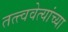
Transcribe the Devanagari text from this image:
तत्त्ववेत्यांच्या